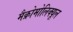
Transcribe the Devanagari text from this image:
मैक्रोमोलिक्यूल